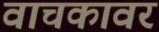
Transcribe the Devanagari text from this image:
वाचकावर